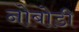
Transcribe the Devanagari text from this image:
नोबोडी